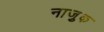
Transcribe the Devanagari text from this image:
नाजु़क